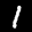
Label: 1